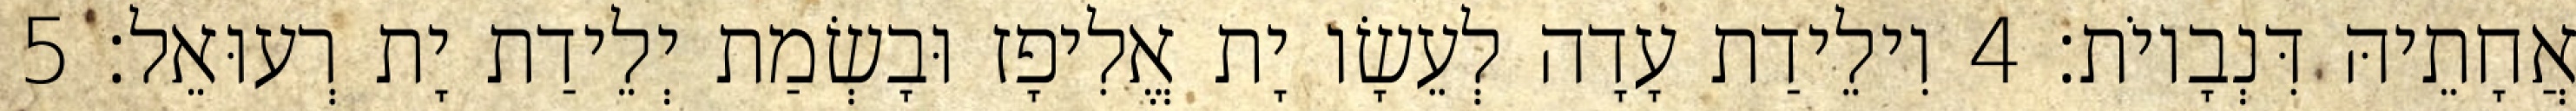
אֲחָתֵיהּ דִּנְבָיוֹת׃ 4 וִילֵידַת עָדָה לְעֵשָׂו יָת אֱלִיפָז וּבָשְׂמַת יְלֵידַת יָת רְעוּאֵל׃ 5